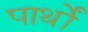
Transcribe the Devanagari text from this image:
पार्थों